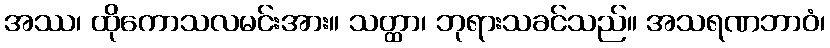
အဿ၊ ထိုကောသလမင်းအား။ သတ္ထာ၊ ဘုရားသခင်သည်။ အသရဏဘာဝံ၊